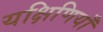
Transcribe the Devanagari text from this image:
यक्षिणियाँ